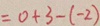
= 0 + 3 - ( - 2 )